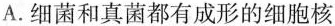
A.细菌和真菌都有成形的细胞核